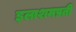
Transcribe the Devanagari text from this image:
इलाशमप्रती